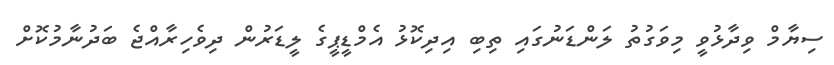
ސިޔާމް ވިދާޅުވީ މިވަގުތު ލަންޑަނުގައި ތިބި އިދިކޮޅު އެމްޑީޕީގެ ލީޑަރުން ދިވެހިރާއްޖެ ބަދުނާމުކޮށް